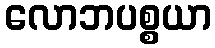
လောဘပစ္စယာ